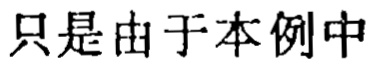
只是由于本例中